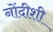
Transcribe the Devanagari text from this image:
नोंदीशी